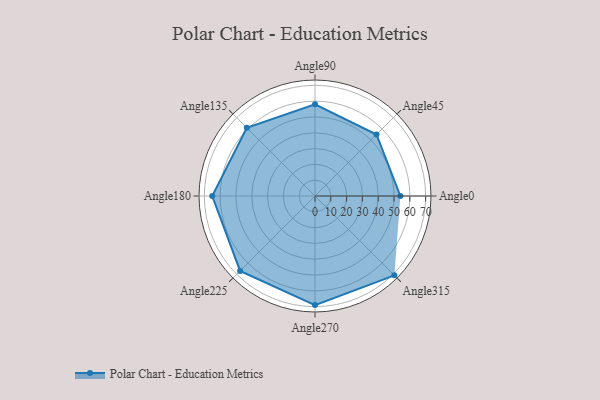
{"axis": {"x": "Angle", "y": "Radius"}, "legend": [""], "data": [{"x": "Angle0", "y": 54.0, "type": ""}, {"x": "Angle45", "y": 55.0, "type": ""}, {"x": "Angle90", "y": 58.0, "type": ""}, {"x": "Angle135", "y": 61.0, "type": ""}, {"x": "Angle180", "y": 65.0, "type": ""}, {"x": "Angle225", "y": 67.0, "type": ""}, {"x": "Angle270", "y": 69.0, "type": ""}, {"x": "Angle315", "y": 71.0, "type": ""}]}